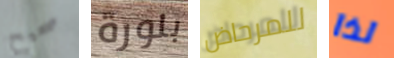
صحيح بلورة للمرحاض لذا